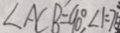
\angle A C B = 9 0 ^ { \circ } , \angle 1 = 7 5